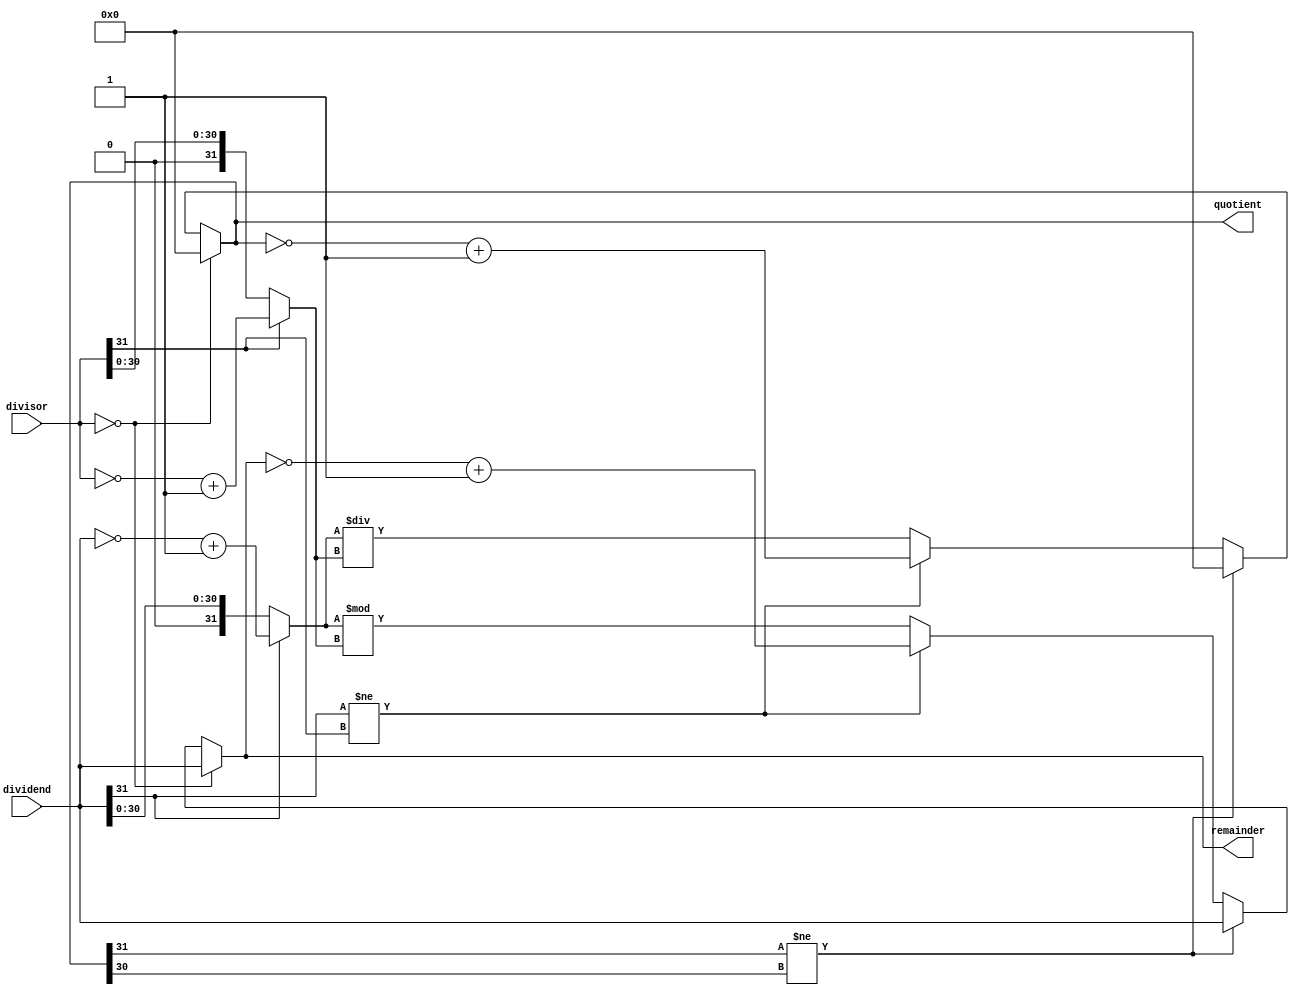
module Asynchronous_Divider (
    input wire [31:0] dividend,
    input wire [31:0] divisor,
    output reg [31:0] quotient,
    output reg [31:0] remainder
);

wire [31:0] dividend_sign_extended;
wire [31:0] divisor_sign_extended;
wire [31:0] dividend_abs;
wire [31:0] divisor_abs;

assign dividend_sign_extended = {dividend[31], dividend};
assign divisor_sign_extended = {divisor[31], divisor};
assign dividend_abs = (dividend[31] == 1) ? (~dividend + 1) : dividend;
assign divisor_abs = (divisor[31] == 1) ? (~divisor + 1) : divisor;

always @(*) begin
    if (divisor == 0) begin
        quotient <= 32'b0;
        remainder <= dividend;
    end else begin
        quotient <= dividend_abs / divisor_abs;
        remainder <= dividend_abs % divisor_abs;
        
        // Handle sign of quotient and remainder
        if (dividend[31] != divisor[31]) begin
            quotient <= ~quotient + 1;
            remainder <= ~remainder + 1;
        end
        
        // Handle overflow conditions
        if (quotient[31] != quotient[30]) begin
            quotient <= 32'b0; // set to max positive value
            remainder <= dividend;
        end
    end
end

endmodule